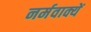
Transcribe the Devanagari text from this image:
नर्मवाक्यें